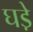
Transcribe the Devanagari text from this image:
घडे़